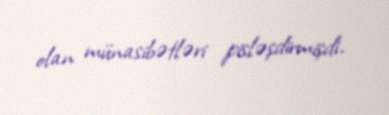
olan münasibətləri pisləşdirmişdi.